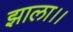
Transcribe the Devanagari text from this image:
झाला।।